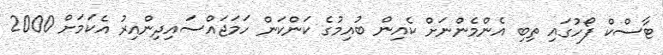
ޓާސްކް ފޯހުގައި ތިބި އެންމެންނަށް ކެއިން ބުއިމުގެ ކަންކަން ހަމަޖައްސައިދިންއިރު އެކަމަށް 2000